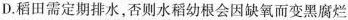
D.稻田需定期排水，否则水稻幼根会因缺氧而变黑腐烂